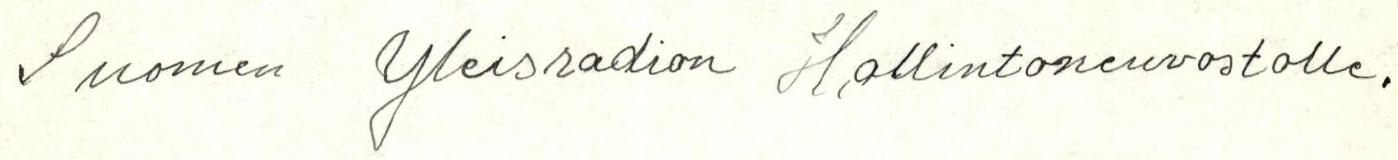
Suomen Yleisradion Hallintoneuvostolle.